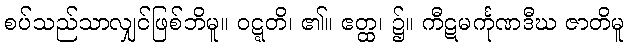
စပ်သည်သာလျှင်ဖြစ်ဘိမူ။ ဝဋ္ဋတိ၊ ၏။ ဧတ္ထ၊ ၌။ ကီဋမင်္ကုဏဒီဃ ဇာတိမူ